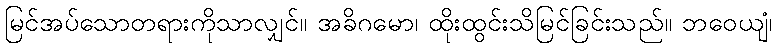
မြင်အပ်သောတရားကိုသာလျှင်။ အခိဂမော၊ ထိုးထွင်းသိမြင်ခြင်းသည်။ ဘဝေယျံ၊